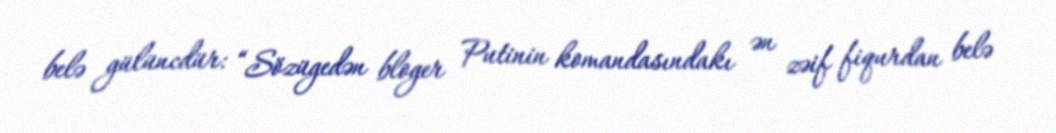
belə gülüncdür: “Sözügedən bloger Putinin komandasındakı ən zəif fiqurdan belə